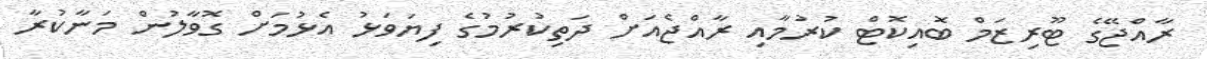
ރާއްޖޭގެ ޓޫރިޒަމް ބޮއިކޮޓް ކުރުމާއި ރާއްޖެއަށް ދަތިކުރުމުގެ ފިޔަވަޅު އެޅުމަށް ގޮވާލުން މަނާކުރާ